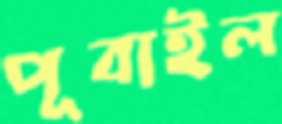
পূবাইল